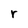
Character: r